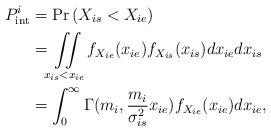
LaTeX: \begin{align*}P_{{\mathop{\textrm {int}}} }^i&=\Pr \left( {{X_{is}} < {X_{ie}}} \right)\\&= \iint\limits_{{{x_{is}} < {x_{ie}}}} {{{f_{{X_{ie}}}}({x_{ie}}){f_{{X_{is}}}}({x_{is}})d{x_{ie}}d{x_{is}}}} \\&= \int_0^\infty {\Gamma ({m_i},\frac{{{m_i}}}{{\sigma _{is}^2}}{x_{ie}}){f_{{X_{ie}}}}({x_{ie}})d{x_{ie}}} ,\end{align*}